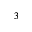
^ 3